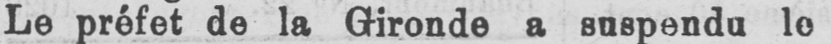
Le préfet de la Gironde a suspendu lo